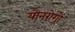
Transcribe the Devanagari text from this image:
यौनरोगों